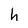
Character: h